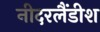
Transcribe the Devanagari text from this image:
नीदरलैंडीश